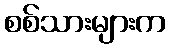
စစ်သားများက